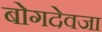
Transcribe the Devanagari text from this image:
बोगदेवजा